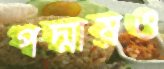
পদ্মায়ও